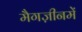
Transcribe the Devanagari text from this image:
मैगज़ीनमें